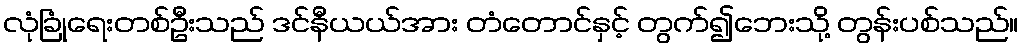
လုံခြုံရေးတစ်ဦးသည် ဒင်နီယယ်အား တံတောင်နှင့် တွက်၍ဘေးသို့ တွန်းပစ်သည်။